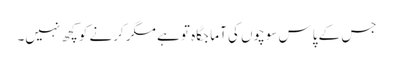
جس کے پاس سوچوں کی آما جگاہ تو ہے مگر کرنے کو کچھ نہیں۔